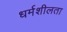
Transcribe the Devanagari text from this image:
धर्मशीलता